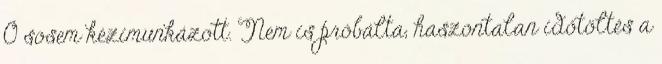
Ő sosem kézimunkázott. Nem is próbálta, haszontalan időtöltés a